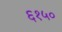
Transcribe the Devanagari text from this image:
६१५०